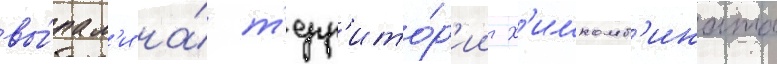
вы́пал'и на́ т'ерр'ито́р'ии х'имкомб'ината